Leaving Certificate Examination, 1918
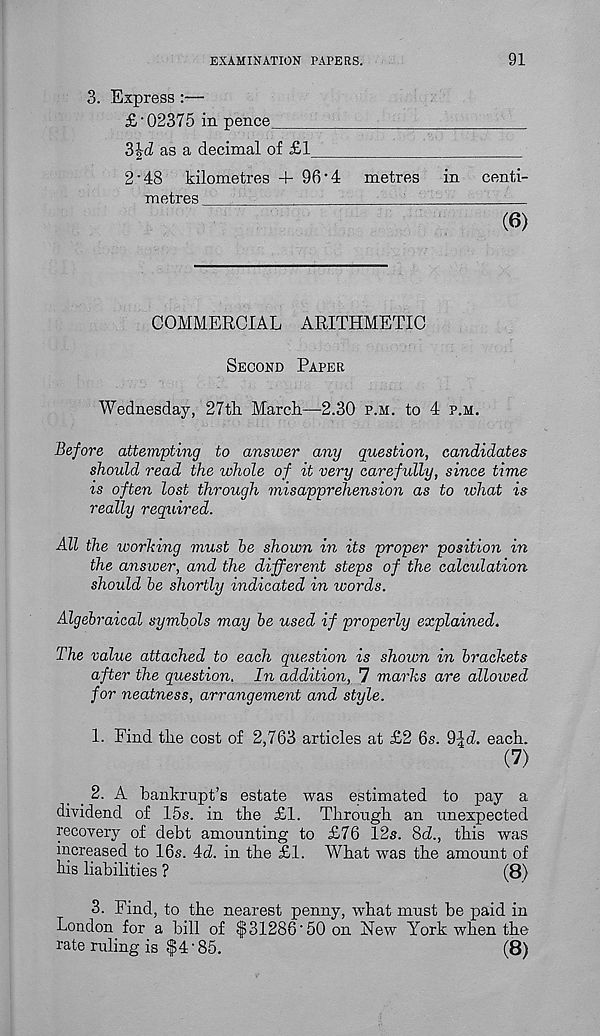
EXAMINATION PAPERS.
91
3. Express :—
£‘02375 in pence
S^d as a decimal of £1
2*48 kilometres 4- 96 "4 metres in centi-
metres
:
(6)
COMMERCIAL ARITHMETIC
Second Paper
Wednesday, 27th March—-2.30 p.m. to 4 p.m.
Before attempting to answer any question, candidates
should read the whole of it very carefully, since time
is often lost through misapprehension as to what is
really required.
All the working must he shown in its proper position in
the answer, and the different steps of the calculation
should he shortly indicated in words.
Algebraical symbols may he used if properly explained.
The value attached to each question is shown in brackets
after the question. In addition, 7 marks are allowed
for neatness, arrangement and style.
1. Find the cost of 2,763 articles at £2 6s.
each.
(7)
. 2. A bankrupt’s estate was estimated to pay a
dividend of 15s. in the £1. Through an unexpected
recovery of debt amounting to £76 12s. 8d., this was
increased to 16s. 4d. in the £1. What was the amount of
his liabilities ?
(8)
3. Find, to the nearest penny, what must he paid in
London for a hill of $31286‘50 on New York when the
rate ruling is $4‘85.
(8)